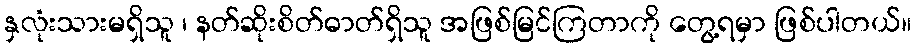
နှလုံးသားမရှိသူ ၊ နတ်ဆိုးစိတ်ဓာတ်ရှိသူ အဖြစ်မြင်ကြတာကို တွေ့ရမှာ ဖြစ်ပါတယ်။